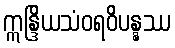
ဣန္ဒြိယသံဝရဝိပန္နဿ